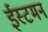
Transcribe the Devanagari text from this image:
ईस्टमन